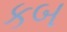
કબ